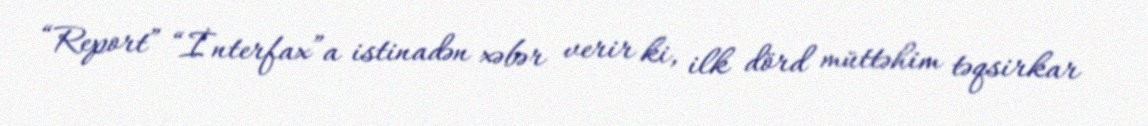
“Report” “İnterfax”a istinadən xəbər verir ki, ilk dörd müttəhim təqsirkar